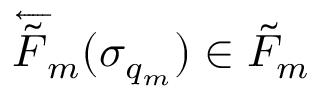
\overleftarrow { \tilde { F } } _ { m } ( \sigma _ { q _ { m } } ) \in \tilde { F } _ { m }